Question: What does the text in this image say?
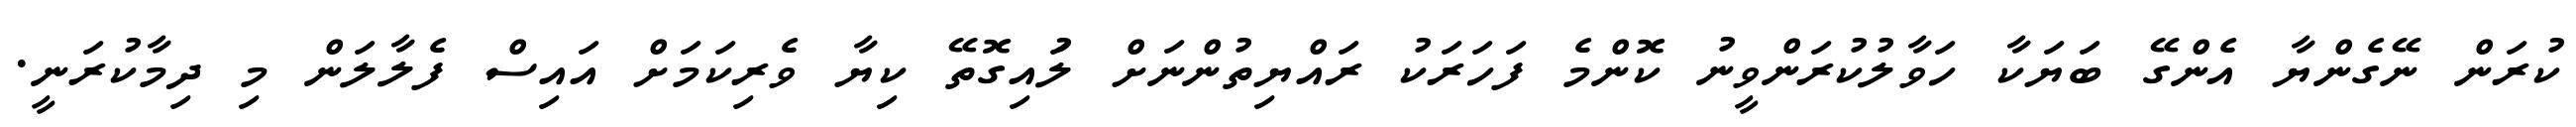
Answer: ކުރަން ނޭގެންޔާ އެންގޭ ބަޔަކާ ހަވާލުކުރަންވީނު ކޮންމެ ފަހަރަކު ރައްޔިތުންނަށް ލުައިގޮތޭ ކިޔާ ވެރިކަމަށް އައިސް ފެލާލަން މި ދިމާކުރަނީ.